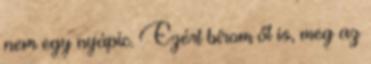
nem egy nyápic. Ezért bírom őt is, meg az